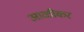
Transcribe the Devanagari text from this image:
आळीकर